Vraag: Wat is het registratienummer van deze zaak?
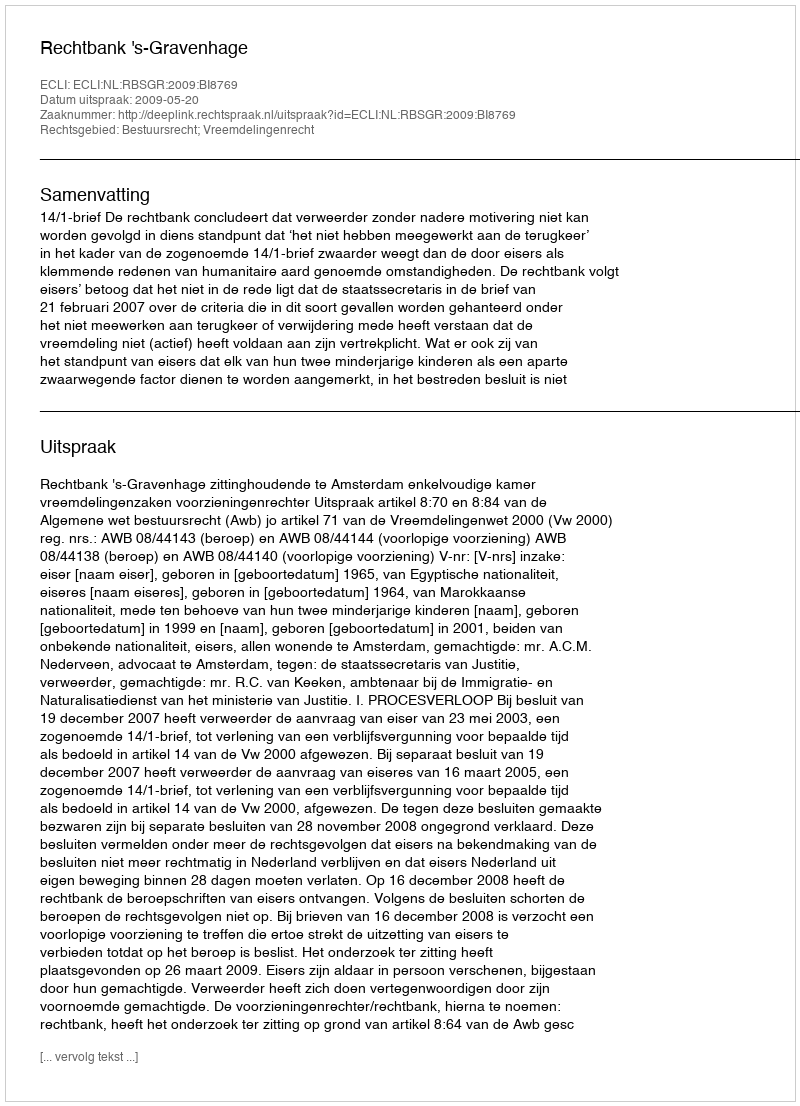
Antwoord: http://deeplink.rechtspraak.nl/uitspraak?id=ECLI:NL:RBSGR:2009:BI8769